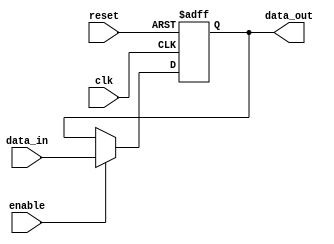
module Fallback_Bypass_Register (
    input wire clk,
    input wire reset,
    input wire enable,
    input wire [DATA_WIDTH-1:0] data_in,
    output reg [DATA_WIDTH-1:0] data_out
);

parameter DATA_WIDTH = 8;

reg [DATA_WIDTH-1:0] register;

always @(posedge clk or posedge reset) begin
    if (reset) begin
        register <= 0;
    end else if (enable) begin
        register <= data_in;
    end
end

assign data_out = register;

endmodule